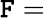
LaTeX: \mathtt{F}=